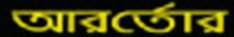
আরর্তোর